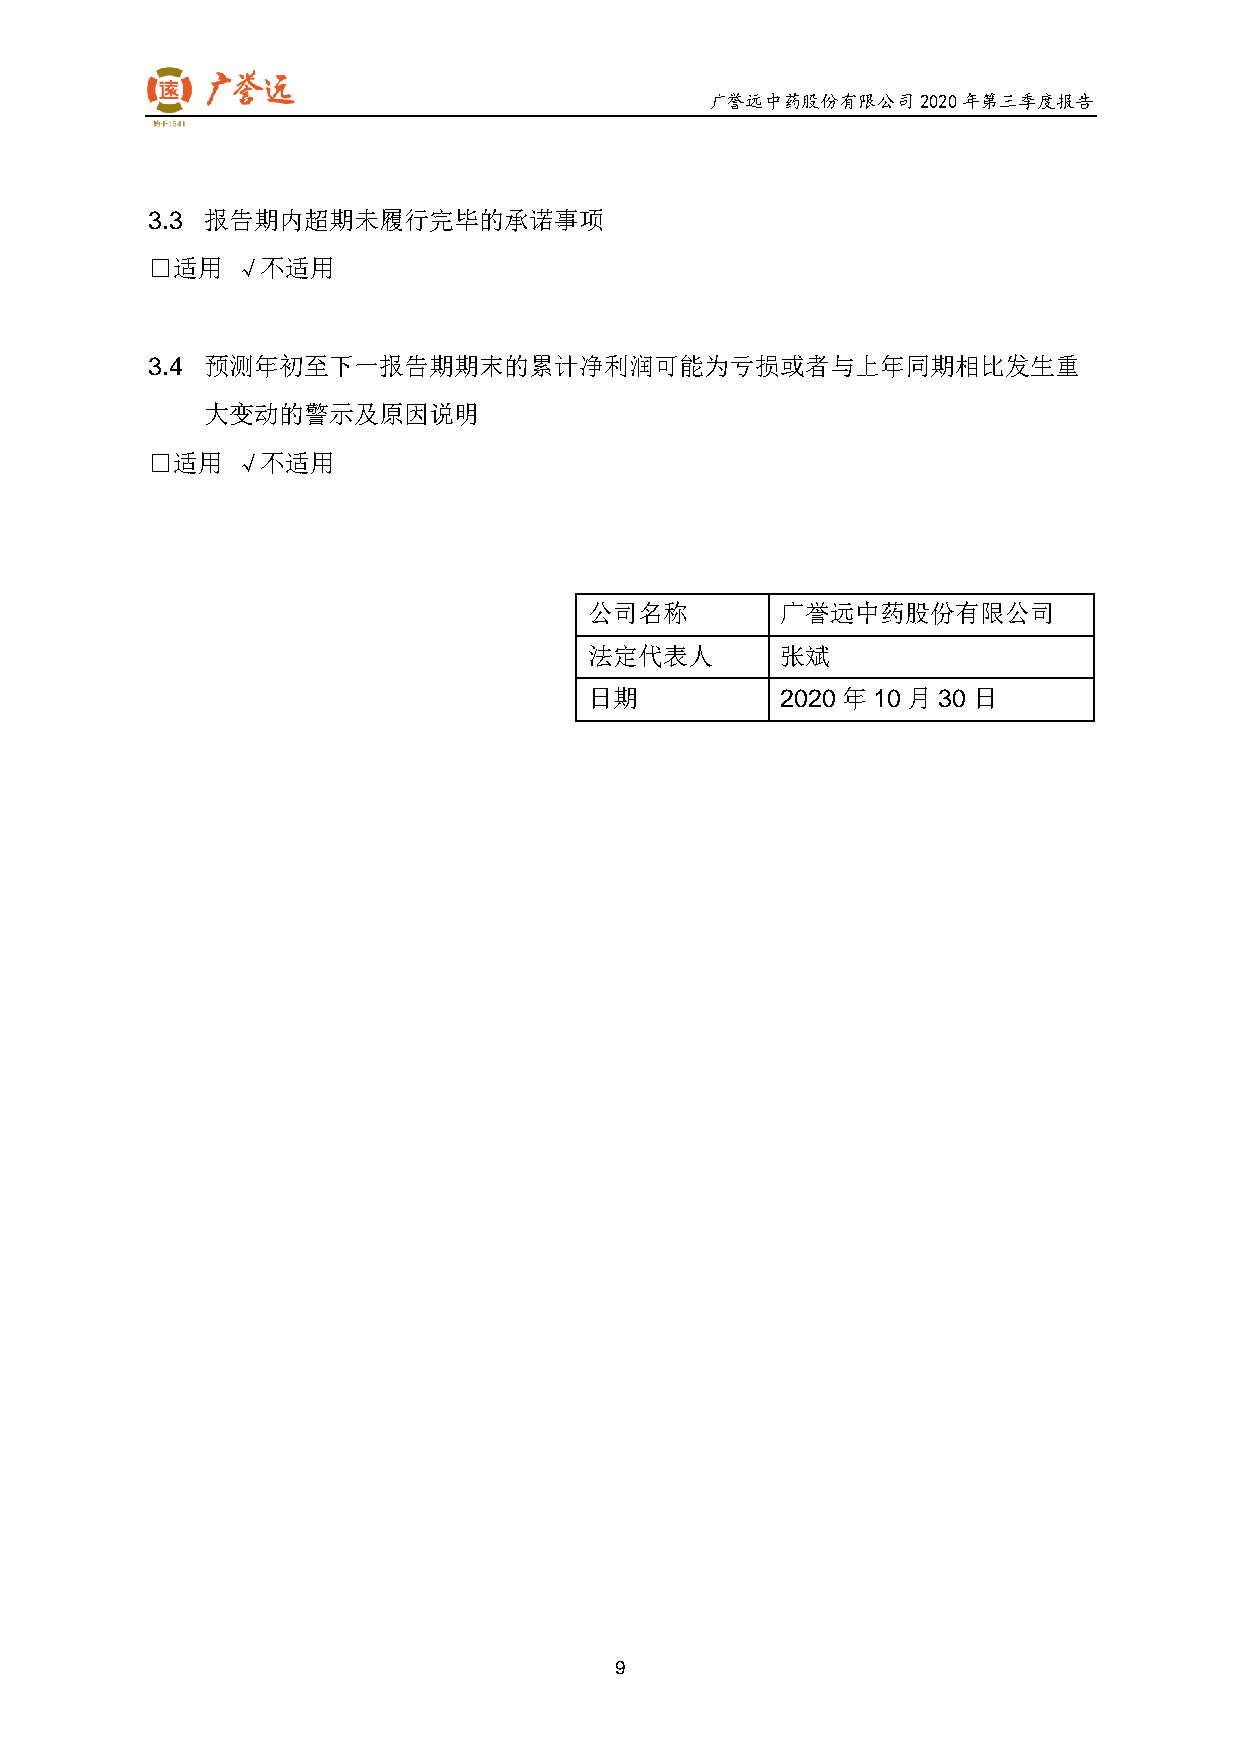
广誉远中药股份有限公司2020年第三季度报告
 3.3 报告期内超期未履行完毕的承诺事项
 □适用   √不适用
 3.4 预测年初至下一报告期期末的累计净利润可能为亏损或者与上年同期相比发生重
 大变动的警示及原因说明
 □适用   √不适用
 公司名称         广誉远中药股份有限公司
 法定代表人        张斌
 日期           2020 年10 月30 日
 9